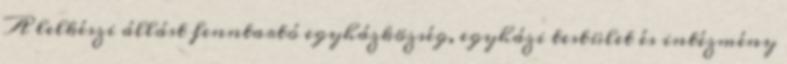
A lelkészi állást fenntartó egyházközség, egyházi testület és intézmény